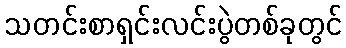
သတင်းစာရှင်းလင်းပွဲတစ်ခုတွင်